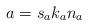
LaTeX: \begin{align*} a=s_ak_an_a\end{align*}